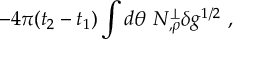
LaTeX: - 4 \pi ( t _ { 2 } - t _ { 1 } ) \int d \theta \ N _ { , \rho } ^ { \perp } \delta g ^ { 1 / 2 } \ ,